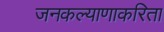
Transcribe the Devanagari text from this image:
जनकल्याणाकरिता